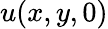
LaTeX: u(x,y,0)